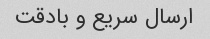
ارسال سریع و بادقت